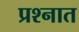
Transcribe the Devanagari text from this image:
प्रश्‍नात